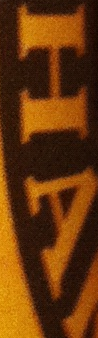
HA